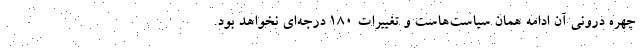
چهره درونی آن ادامه همان سیاست‌هاست و تغییرات 180 درجه‌ای نخواهد بود.